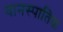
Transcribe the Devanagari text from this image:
वानस्पातिक